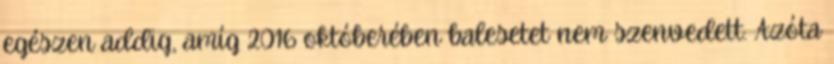
egészen addig, amíg 2016 októberében balesetet nem szenvedett. Azóta